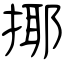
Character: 揶